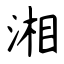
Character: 湘